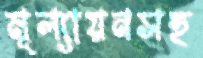
মূল্যায়নসহ